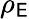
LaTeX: \rho_{\mathsf{E}}